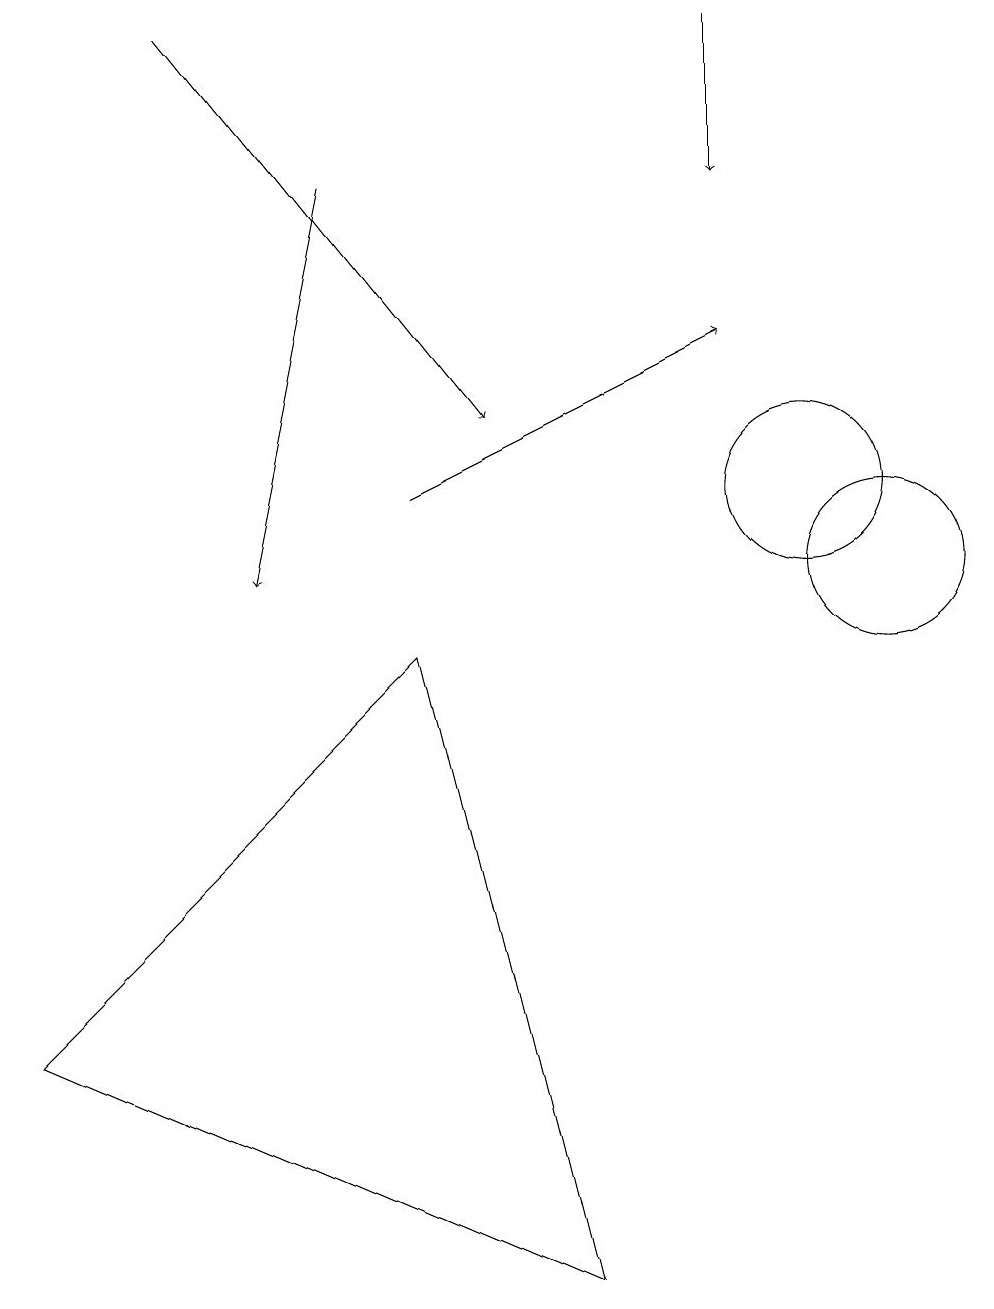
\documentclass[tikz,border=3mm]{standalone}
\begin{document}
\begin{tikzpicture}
\draw (11,10) circle (1);
\draw[->] (2,17) -- (6,12);
\draw (11,11) circle (0);
\draw[->] (5,11) -- (9,13);
\draw (0,4) -- (7,1) -- (5,9) -- cycle;
\draw (10,11) circle (1);
\draw[->] (4,15) -- (3,10);
\draw[->] (9,17) -- (9,15);
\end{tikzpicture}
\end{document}